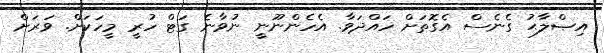
އިޞްލާޙު ގެނެސް އެގޮތަށް ހައްދަވާ. އެހެންނޫނީ ނުވާނެ ގަޓް ހުރީ މީހަކަށް. ވަރަށް